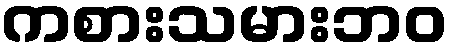
ကစားသမားဘဝ